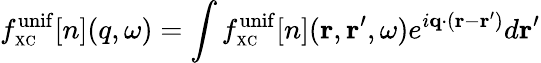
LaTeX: f_{\scriptscriptstyle\mathrm{XC}}^{\mathrm{unif}}[n](q,\omega)=\int f_{\scriptscriptstyle\mathrm{XC}}^{\mathrm{unif}}[n]({\mathbf r},{\mathbf r}^{\prime},\omega)e^{i{\mathbf q}\cdot({\mathbf r}-{\mathbf r}^{\prime})}d{\mathbf r}^{\prime}